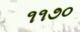
૧૧૭૦